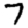
Digit: 7